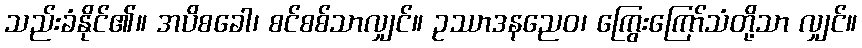
သည်းခံနိုင်၏။ အပိစခေါ၊ စင်စစ်သာလျှင်။ ဥဿာဒနညေဝ၊ ကြွေးကြော်သံတို့သာ လျှင်။